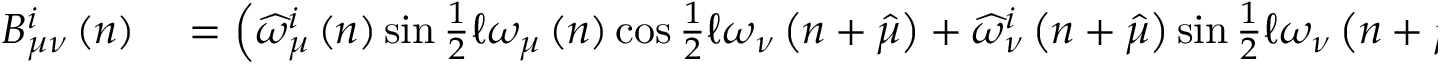
\begin{array} { r l } { B _ { \mu \nu } ^ { i } \left( n \right) } & { { } = \left( \widehat { \omega } _ { \mu } ^ { i } \left( n \right) \sin \frac { 1 } { 2 } \mathcal { \ell } \omega _ { \mu } \left( n \right) \cos \frac { 1 } { 2 } \mathcal { \ell } \omega _ { \nu } \left( n + \widehat { \mu } \right) + \widehat { \omega } _ { \nu } ^ { i } \left( n + \widehat { \mu } \right) \sin \frac { 1 } { 2 } \mathcal { \ell } \omega _ { \nu } \left( n + \widehat { \mu } \right) \cos \frac { 1 } { 2 } \mathcal { \ell } \omega _ { \mu } \left( n \right) \right. } \end{array}